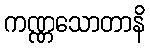
ကဏ္ဏသောတာနိ